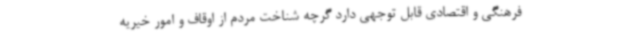
فرهنگی و اقتصادی قابل توجهی دارد گرچه شناخت مردم از اوقاف و امور خیریه